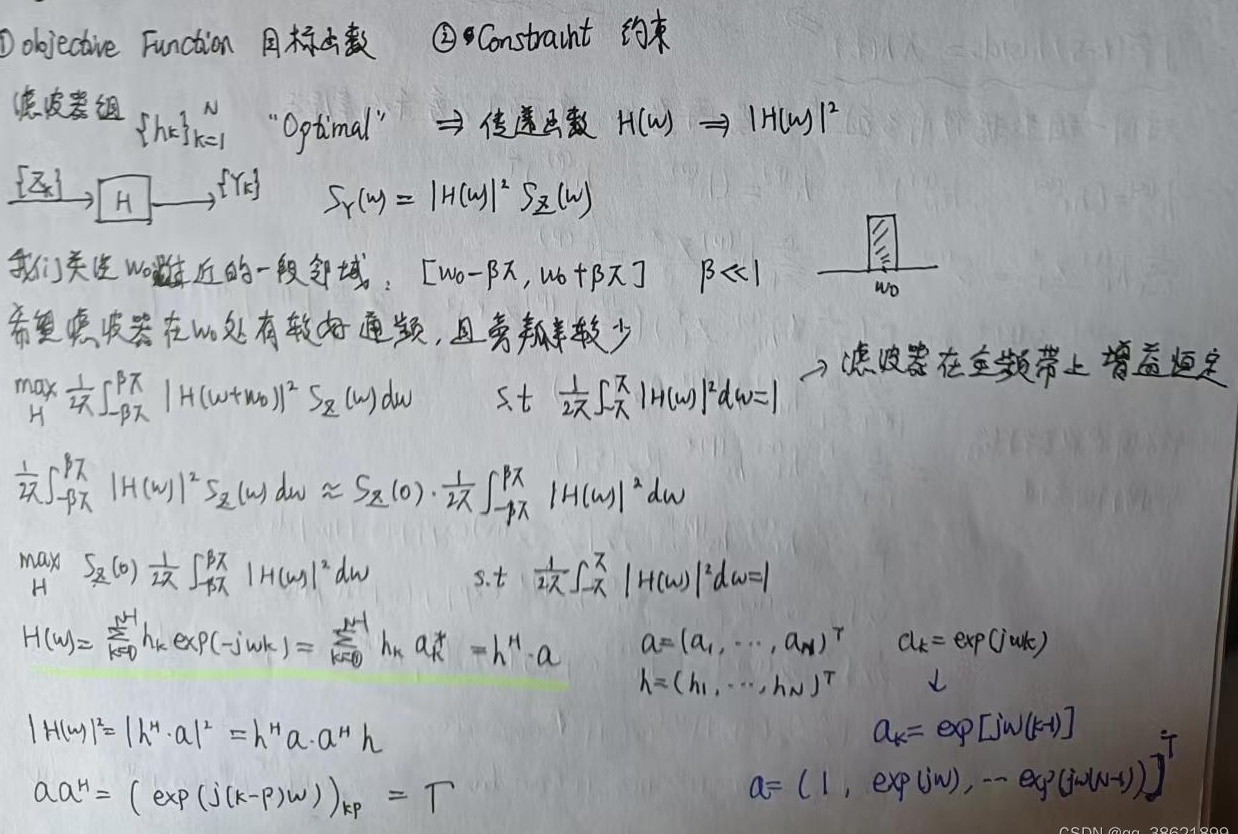
\textcircled{1} objective Function 目标函数
\textcircled{2} Constraint 约束滤波器组 \(\{h_k\}_{k = 1}^{N}\) “Optimal” \(\Rightarrow\) 传递函数 \(H(\omega)\Rightarrow|H(\omega)|^{2}\)
\(\boxed{X}\to\boxed{H}\to\boxed{Y}\)  \(S_Y(\omega)=|H(\omega)|^{2}S_X(\omega)\)
我们关注 \(\omega_0\) 附近的一段邻域：\([\omega_0 - \beta\pi,\omega_0+\beta\pi]\)  ，\(\beta\ll1\)。希望滤波器在 \(\omega_0\) 处有较好通频，且旁瓣率较少。
\[
\begin{align*}
&\max_{H}\frac{1}{2\beta}\int_{-\beta\pi}^{\beta\pi}|H(\omega+\omega_0)|^{2}S_X(\omega)d\omega\quad \text{s.t } \frac{1}{2\pi}\int_{-\pi}^{\pi}|H(\omega)|^{2}d\omega = 1\\
&\frac{1}{2\beta}\int_{-\beta\pi}^{\beta\pi}|H(\omega)|^{2}S_X(\omega)d\omega\approx S_X(0)\cdot\frac{1}{2\beta}\int_{-\beta\pi}^{\beta\pi}|H(\omega)|^{2}d\omega\\
&\max_{H}S_X(0)\frac{1}{2\beta}\int_{-\beta\pi}^{\beta\pi}|H(\omega)|^{2}d\omega\quad \text{s.t } \frac{1}{2\pi}\int_{-\pi}^{\pi}|H(\omega)|^{2}d\omega = 1\\
&H(\omega)=\sum_{k = 0}^{N - 1}h_k\exp(-j\omega k)=\sum_{k = 0}^{N - 1}h_k a_k^{*}=h^H\cdot a\quad
\begin{cases}
a=(a_1,\cdots,a_N)^T\\
h=(h_1,\cdots,h_N)^T\\
a_k=\exp(j\omega k)
\end{cases}\\
&|H(\omega)|^{2}=|h^H\cdot a|^{2}=h^H a\cdot a^H h\\
&a a^H=(\exp(j(k - p)\omega))_{kp}=\Gamma\quad
\begin{cases}
a_k=\exp[j\omega(k + 1)]\\
a=(1,\exp(j\omega),\cdots,\exp(j\omega(N - 1)))
\end{cases}
\end{align*}
\]